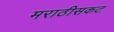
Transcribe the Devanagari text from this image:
मराठीसकट